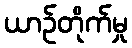
ယာဉ်တိုက်မှု